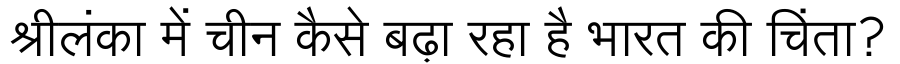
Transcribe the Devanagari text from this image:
श्रीलंका में चीन कैसे बढ़ा रहा है भारत की चिंता?